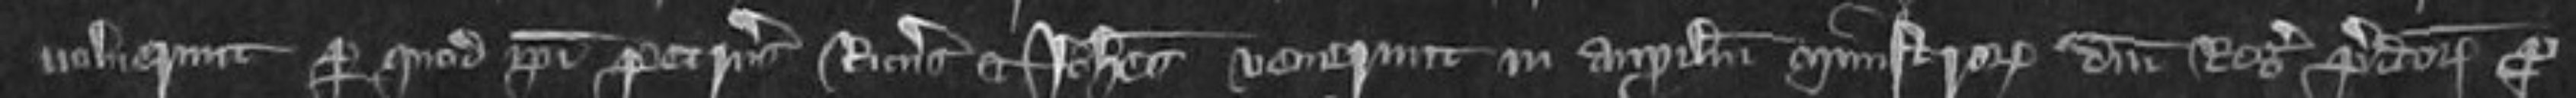
noluerunt per quod ipsi Petrus Ricardus et Johannes venerunt in auxilium ministrorum domini Regis predictorum pro